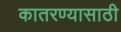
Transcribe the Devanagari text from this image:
कातरण्यासाठी